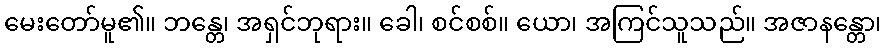
မေးတော်မူ၏။ ဘန္တေ၊ အရှင်ဘုရား။ ခေါ၊ စင်စစ်။ ယော၊ အကြင်သူသည်။ အဇာနန္တော၊